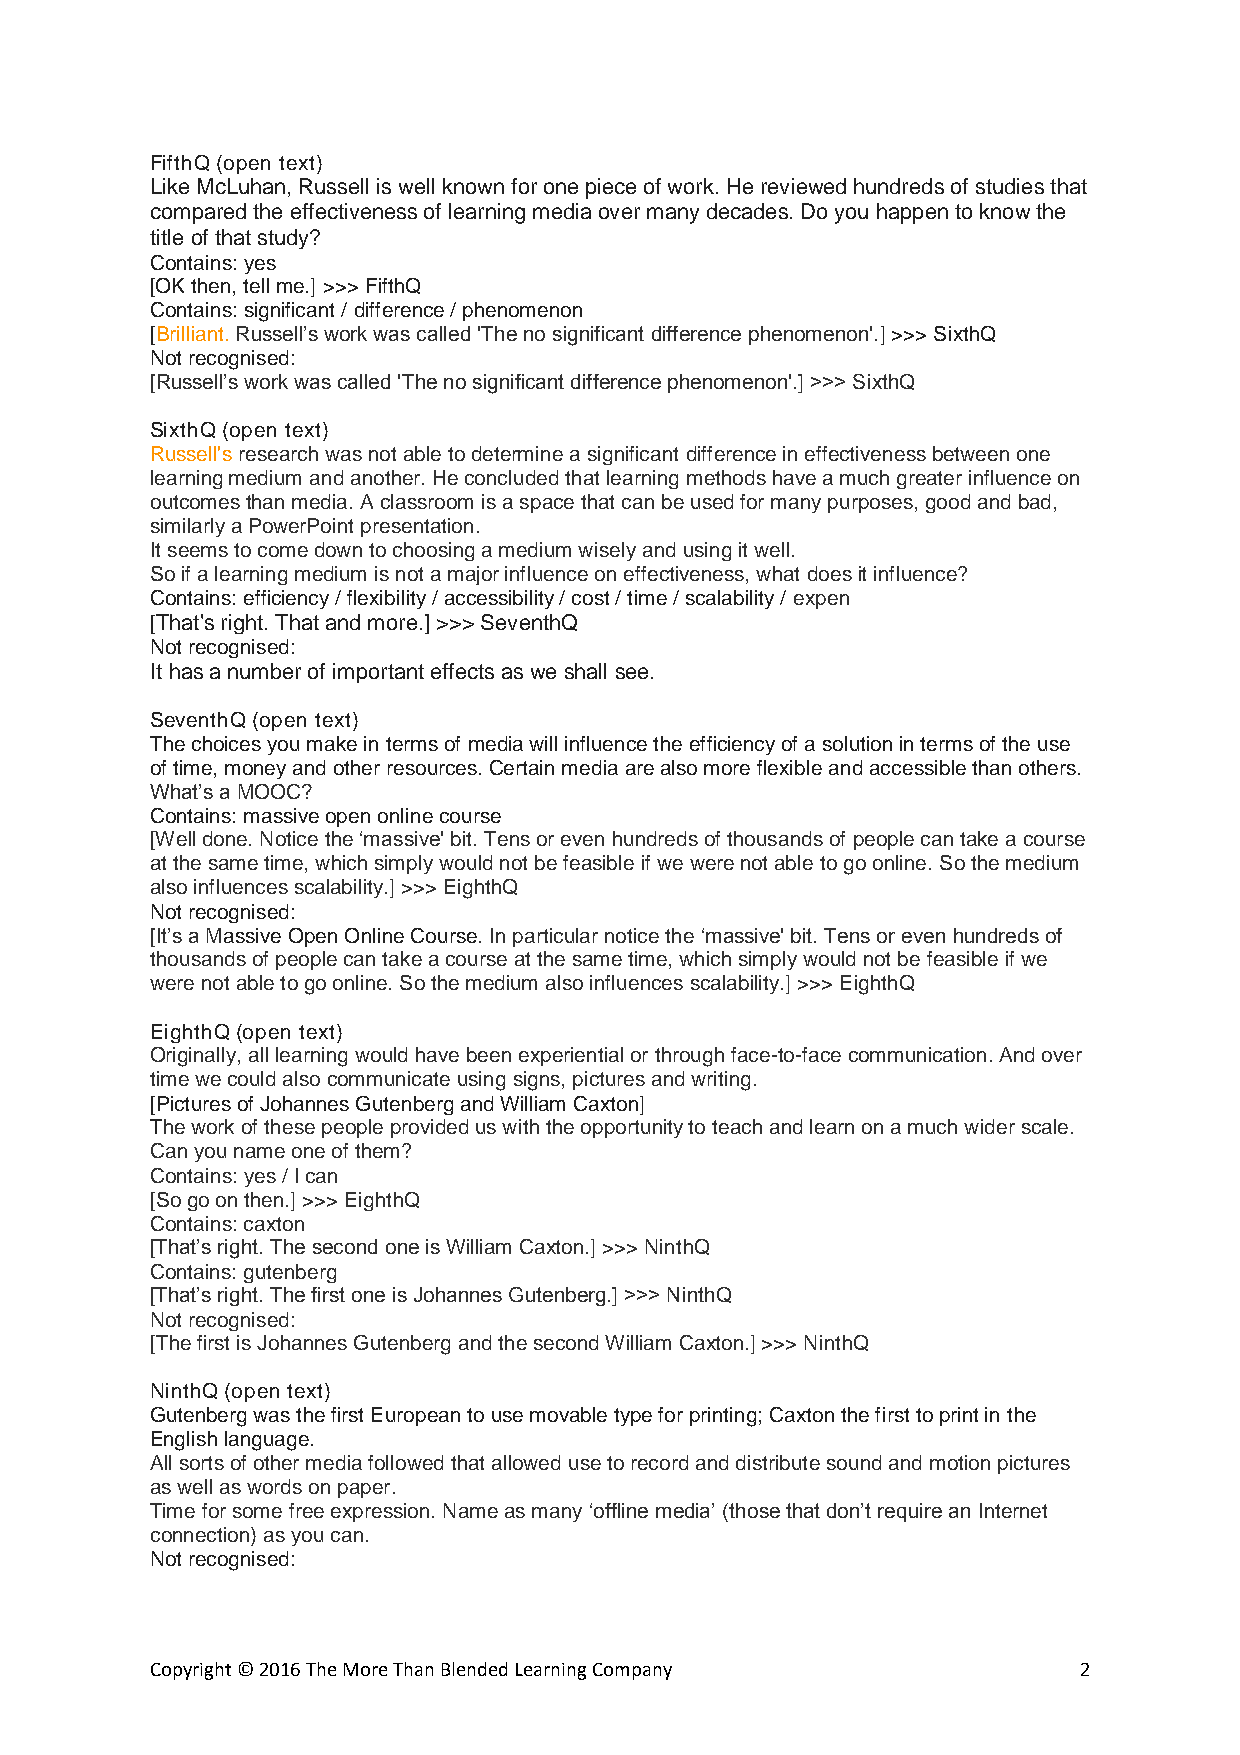
FifthQ (open text)
 Like McLuhan, Russell is well known for one piece of work. He reviewed hundreds of studies that
 compared the effectiveness of learning media over many decades. Do you happen to know the
 title of that study?
 Contains: yes
 [OK then, tell me.] >>> FifthQ
 Contains: significant / difference / phenomenon
 [Brilliant. Russell’s work was called 'The no significant difference phenomenon'.] >>> SixthQ
 Not recognised:
 [Russell’s work was called 'The no significant difference phenomenon'.] >>> SixthQ
 SixthQ (open text)
 Russell's research was not able to determine a significant difference in effectiveness between one
 learning medium and another. He concluded that learning methods have a much greater influence on
 outcomes than media. A classroom is a space that can be used for many purposes, good and bad,
 similarly a PowerPoint presentation.
 It seems to come down to choosing a medium wisely and using it well.
 So if a learning medium is not a major influence on effectiveness, what does it influence?
 Contains: efficiency / flexibility / accessibility / cost / time / scalability / expen
 [That's right. That and more.] >>> SeventhQ
 Not recognised:
 It has a number of important effects as we shall see.
 SeventhQ (open text)
 The choices you make in terms of media will influence the efficiency of a solution in terms of the use
 of time, money and other resources. Certain media are also more flexible and accessible than others.
 What’s a MOOC?
 Contains: massive open online course
 [Well done. Notice the ‘massive' bit. Tens or even hundreds of thousands of people can take a course
 at the same time, which simply would not be feasible if we were not able to go online. So the medium
 also influences scalability.] >>> EighthQ
 Not recognised:
 [It’s a Massive Open Online Course. In particular notice the ‘massive' bit. Tens or even hundreds of
 thousands of people can take a course at the same time, which simply would not be feasible if we
 were not able to go online. So the medium also influences scalability.] >>> EighthQ
 EighthQ (open text)
 Originally, all learning would have been experiential or through face-to-face communication. And over
 time we could also communicate using signs, pictures and writing.
 [Pictures of Johannes Gutenberg and William Caxton]
 The work of these people provided us with the opportunity to teach and learn on a much wider scale.
 Can you name one of them?
 Contains: yes / I can
 [So go on then.] >>> EighthQ
 Contains: caxton
 [That’s right. The second one is William Caxton.] >>> NinthQ
 Contains: gutenberg
 [That’s right. The first one is Johannes Gutenberg.] >>> NinthQ
 Not recognised:
 [The first is Johannes Gutenberg and the second William Caxton.] >>> NinthQ
 NinthQ (open text)
 Gutenberg was the first European to use movable type for printing; Caxton the first to print in the
 English language.
 All sorts of other media followed that allowed use to record and distribute sound and motion pictures
 as well as words on paper.
 Time for some free expression. Name as many ‘offline media’ (those that don’t require an Internet
 connection) as you can.
 Not recognised:
 Copyright © 2016 The More Than Blended Learning Company      2